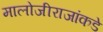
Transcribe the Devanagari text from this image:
मालोजीराजांकडे